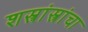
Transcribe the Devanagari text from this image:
शस्त्रांस्त्रांचा